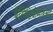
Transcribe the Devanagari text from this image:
बैसिडियोमाइसेट्स